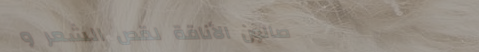
صالون الأناقة لقص الشعر و